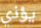
يؤذي